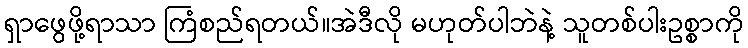
ရှာဖွေဖို့ရာသာ ကြံစည်ရတယ်။အဲဒီလို မဟုတ်ပါဘဲနဲ့ သူတစ်ပါးဥစ္စာကို